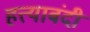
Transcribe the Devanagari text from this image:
हत्त्याबंदी